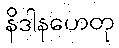
နိဒါနဟေတု